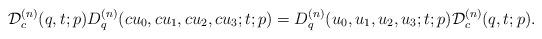
LaTeX: \begin{gather*}{\cal D}^{(n)}_c(q,t;p)D^{(n)}_q(cu_0,cu_1,cu_2,cu_3;t;p)=D^{(n)}_q(u_0,u_1,u_2,u_3;t;p){\cal D}^{(n)}_c(q,t;p).\end{gather*}